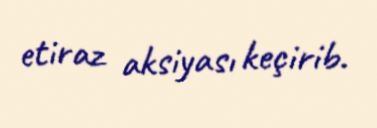
etiraz aksiyası keçirib.